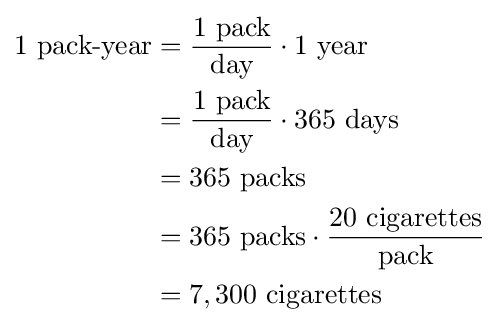
{\begin{aligned}1{\text{ pack-year}}&={\frac {1{\text{ pack}}}{\text{day}}}\cdot 1{\text{ year}}\\&={\frac {1{\text{ pack}}}{\text{day}}}\cdot 365{\text{ days}}\\&=365{\text{ packs}}\\&=365{\text{ packs}}\cdot {\frac {20{\text{ cigarettes}}}{\text{pack}}}\\&=7,300{\text{ cigarettes}}\end{aligned}}